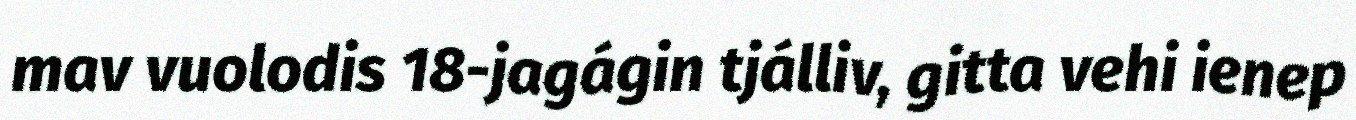
mav vuolodis 18-jagágin tjálliv, gitta vehi ienep